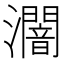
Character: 𤃷